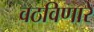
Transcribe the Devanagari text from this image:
वठविणारे